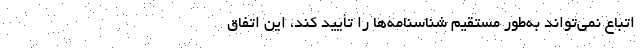
اتباع نمی‌تواند به‌طور مستقیم شناسنامه‌ها را تأیید کند، این اتفاق